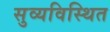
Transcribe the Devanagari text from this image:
सुव्यविस्थित